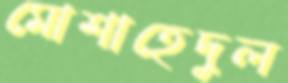
মোশাহেদুল